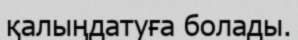
қалыңдатуға болады.